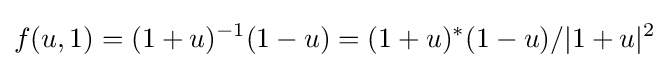
f(u,1)=(1+u)^{-1}(1-u)=(1+u)^{*}(1-u)/|1+u|^{2}